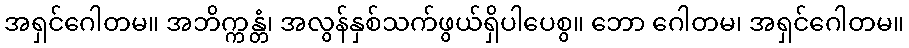
အရှင်ဂေါတမ။ အဘိက္ကန္တံ၊ အလွန်နှစ်သက်ဖွယ်ရှိပါပေစွ။ ဘော ဂေါတမ၊ အရှင်ဂေါတမ။